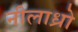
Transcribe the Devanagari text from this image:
नीलाध्रो